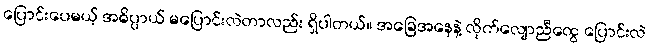
ပြောင်းပေမယ့် အဓိပ္ပာယ် မပြောင်းလဲတာလည်း ရှိပါတယ်။ အခြေအနေနဲ့ လိုက်လျောညီထွေ ပြောင်းလဲ